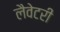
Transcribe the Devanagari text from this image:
लैवेटरी